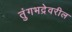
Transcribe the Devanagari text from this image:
तुंगभद्रेवरील